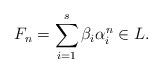
LaTeX: \begin{align*} F_n = \sum_{i=1}^s \beta_i \alpha_i^n \in L. \end{align*}